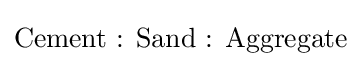
{\text{Cement : Sand : Aggregate}}